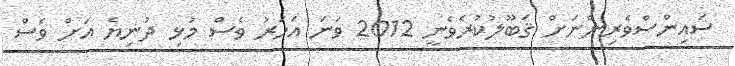
ސައިންސްވެރިންނަށް ޤަބޫލުކުރެވެނީ 2012 ވަނަ އަހަރު ވެސް މުޅި ދުނިޔެ އަށް ވެސް